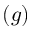
( g )